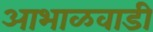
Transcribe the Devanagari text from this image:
आभाळवाडी